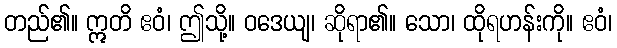
တည်၏။ ဣတိ ဧဝံ၊ ဤသို့။ ဝဒေယျ၊ ဆိုရာ၏။ သော၊ ထိုရဟန်းကို။ ဧဝံ၊